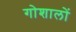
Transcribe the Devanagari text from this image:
गोशालों